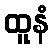
ထူနံ